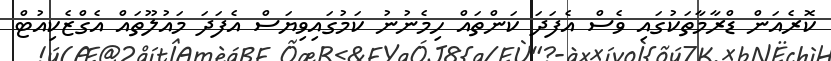
ކޮރެއަން ޑްރާމާތަކުގައި ވެސް އެފަދަ ކަންތައް ހިމެނުނު ކަމުގައިވިޔަސް އެފަދަ މައުލޫތައް އެގްޒެކިއުޓް